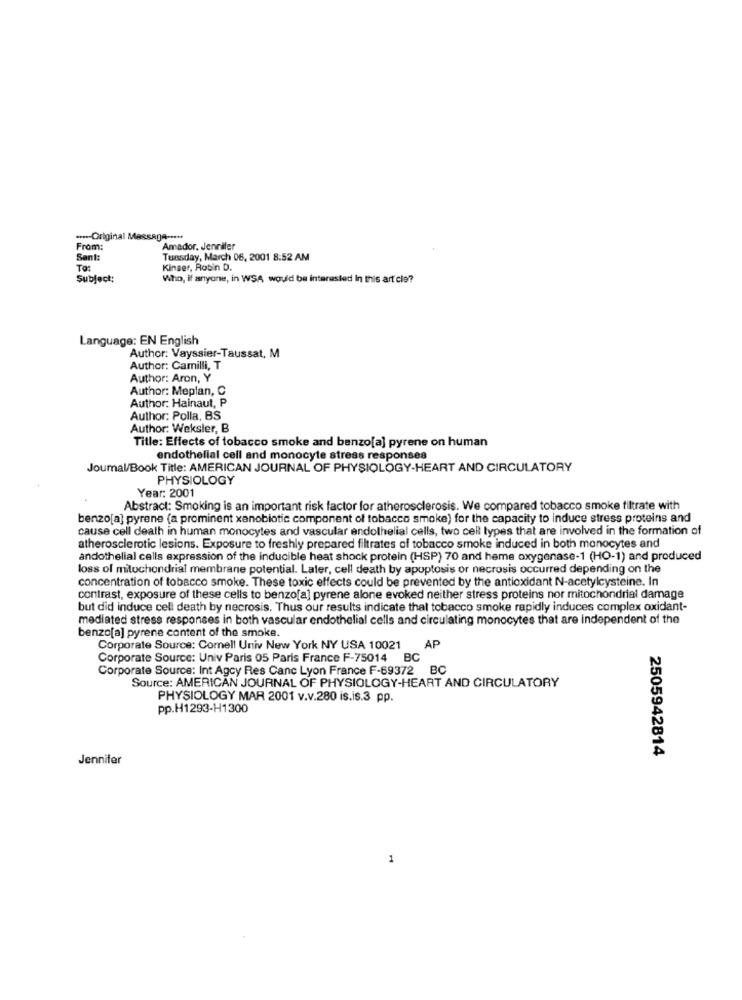
....- Original Message -....
From:
Amador, Jennifer
Sant
Tuesday, March 06, 2001 8:52 AM
To:
Kinser, Robin D.
Subject:
Who, if anyone, in WSA would be interested In this article?
Language: EN English
Author: Vayssier-Taussat, M
Author: Camilli, T
Author: Aron, Y
Author: Meplan, C
Author: Hainaut, P
Author: Polla, BS
Author: Weksler, B
Title: Effects of tobacco smoke and benzo[a] pyrene on human
endothelial cell and monocyte stress responses
Journal/Book Title: AMERICAN JOURNAL OF PHYSIOLOGY-HEART AND CIRCULATORY
PHYSIOLOGY
Year: 2001
Abstract: Smoking is an important risk factor for atherosclerosis. We compared tobacco smoke filtrate with
benzo[a] pyrene (a prominent xenobiotic component of tobacco smoke) for the capacity to induce stress proteins and
cause cell death in human monocytes and vascular andolhelial cells, two cell types that are involved in the formation of
atherosclerotic lesions. Exposure to freshly prepared filtrates of tobacco smoke induced in both monocytes and
andothelial cells expression of the inducible heat shock protein (HSP) 70 and heme oxygenase-1 (HO-1) and produced
loss of mitochondrial membrane potential. Later, cell death by apoptosis or necrosis occurred depending on the
concentration of tobacco smoke. These toxic effects could be prevented by the antioxidant N-acetylcysteine. In
contrast, exposure of these cells to benzo[a] pyrene alone evoked neither stress proteins nor mitochondrial damage
but did induce cell death by necrosis. Thus our results indicate that tobacco smoke rapidly induces complex oxidant-
mediated stress responses in both vascular endothelial cells and circulating monocytes that are Independent of the
benzo[a] pyrene content of the smoke.
AP
Corporate Source: Comell Univ New York NY USA 10021
Corporate Source: Univ Paris 05 Paris France F-75014 BC
Corporate Source: Int Agcy Res Canc Lyon France F-69372 BC
Source: AMERICAN JOURNAL OF PHYSIOLOGY-HEART AND CIRCULATORY
PHYSIOLOGY MAR 2001 v.v.280 is.is.3 pp.
pp.H1293-H1300
Jennifer
2505942814
1